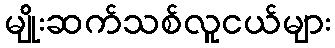
မျိုးဆက်သစ်လူငယ်များ